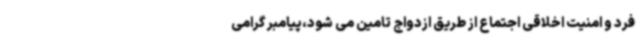
فرد و امنیت اخلاقی اجتماع از طریق ازدواج تامین می شود،پیامبر گرامی